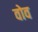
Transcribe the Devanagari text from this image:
वोव